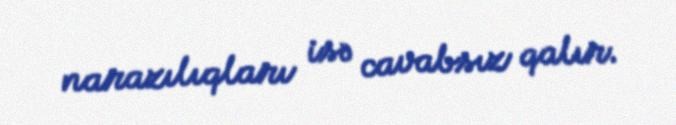
narazılıqları isə cavabsız qalır.